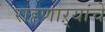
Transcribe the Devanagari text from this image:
राहणाऱ्यांचे